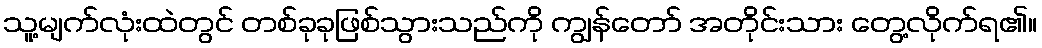
သူ့မျက်လုံးထဲတွင် တစ်ခုခုဖြစ်သွားသည်ကို ကျွန်တော် အတိုင်းသား တွေ့လိုက်ရ၏။